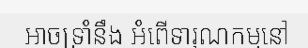
អាចទ្រាំនឹង អំពើទារុណកម្មនៅ